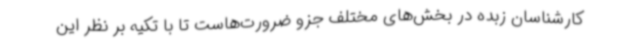
کارشناسان زبده در بخش‌های مختلف جزو ضرورت‌هاست تا با تکیه بر نظر این